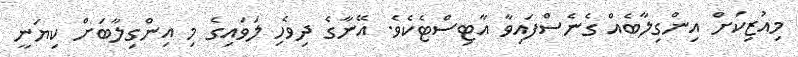
މިއުޒިކަށް އިންގިލާބެއް ގެނެސްފައިވާ އާޓިސްޓެކެވެ. އޭނާގެ ދިވެހި ލަވައިގެ މި އިންގިލާބަށް ކިޔަނީ